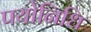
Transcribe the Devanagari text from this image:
पयोनिधि